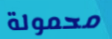
محمولة